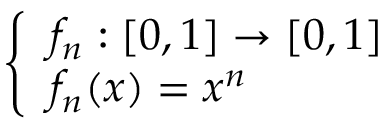
\left\{ \begin{array} { l l } { f _ { n } : [ 0 , 1 ] \to [ 0 , 1 ] } \\ { f _ { n } ( x ) = x ^ { n } } \end{array} \right.